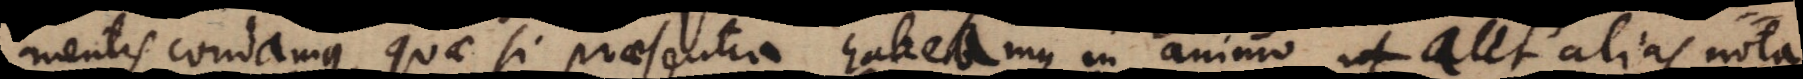
mentis condamus, quae si praesentia habeamus in animo, aut alias nota,